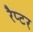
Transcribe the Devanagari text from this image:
रैप्‍टर